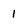
Character: 1